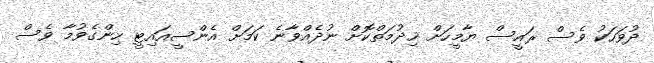
ދުވަހަކު ވެސް ރައީސް ޔާމީހަށް ޚިދުމަތްކޮށް ނުދެއްވާނެ ކަމަށް އެންސީއައިޓީ ހިންގެވުމާ ވެސް